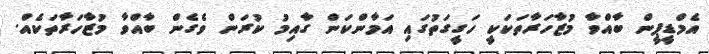
އެމްޑީޕީން ބާއްވާ މުޒާހަރާތަކަކީ ހަގީގަތުގައި އަމާންކަން ގާއިމު ކުރަން ވެގެން ބާއްވާ މުޒާހަރާތަކެއް.